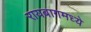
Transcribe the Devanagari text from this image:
रायबागमध्ये